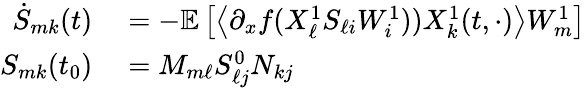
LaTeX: \begin{array}{rl}{\dot{S}_{mk}(t)}&{{}=-\mathbb{E}\left[\left\langle\partial_{x}f(X_{\ell}^{1}S_{\ell i}W_{i}^{1}))X_{k}^{1}(t,\cdot)\right\rangle W_{m}^{1}\right]}\\ {S_{mk}(t_{0})}&{{}=M_{m\ell}S_{\ell j}^{0}N_{kj}}\end{array}